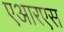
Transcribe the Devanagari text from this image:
एआरएस